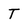
Character: T